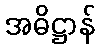
အဓိဋ္ဌာန်